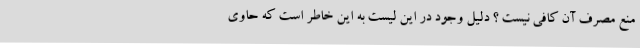
منع مصرف آن کافی نیست ؟ دلیل وجود در این لیست به این خاطر است که حاوی